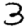
Digit: 3